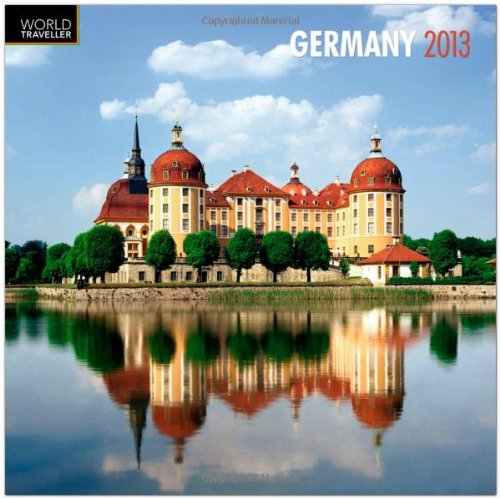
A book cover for Germany 2013 Square 12X12 Wall Calendar (Multilingual Edition); BrownTrout Publishers; Calendars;